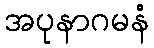
အပုနာဂမနံ